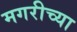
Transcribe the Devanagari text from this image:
मगरीच्या